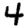
Digit: 4